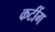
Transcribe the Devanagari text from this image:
कटींग